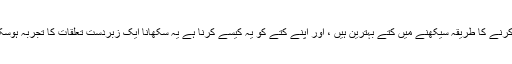
چالیں کرنے کا طریقہ سیکھنے میں کتے بہترین ہیں ، اور اپنے کتے کو یہ کیسے کرنا ہے یہ سکھانا ایک زبردست تعلقات کا تجربہ ہوسکتا ہے۔